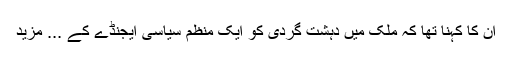
ان کا کہنا تھا کہ ملک میں دہشت گردی کو ایک منظم سیاسی ایجنڈے کے ... مزید